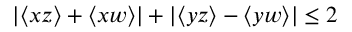
| \langle x z \rangle + \langle x w \rangle | + | \langle y z \rangle - \langle y w \rangle | \le 2